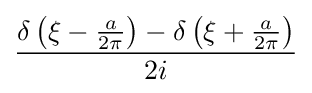
{\frac {\delta \left(\xi -{\frac {a}{2\pi }}\right)-\delta \left(\xi +{\frac {a}{2\pi }}\right)}{2i}}